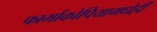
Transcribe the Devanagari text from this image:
फार्माकोपियामधेही